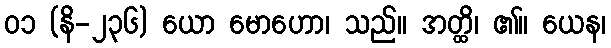
၀၁ (နိ-၂၃၆) ယော မောဟော၊ သည်။ အတ္ထိ၊ ၏။ ယေန၊